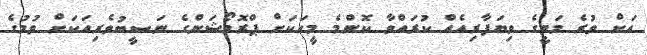
އަށް ވުރެ މަތީގެ ވިޔަފާރިއެއް ކުރައްވާ ކޮންމެ މީހަކަށް ޕްރޮމޯޝަންގެ ނަސީބުވެރިއަކަށް ވުމުގެ